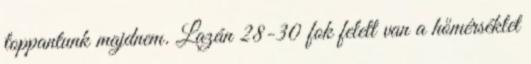
toppantunk majdnem. Lazán 28-30 fok felett van a hőmérséklet